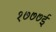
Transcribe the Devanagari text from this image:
१७७७ई